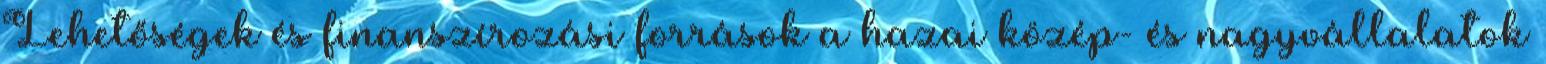
Lehetőségek és finanszírozási források a hazai közép- és nagyvállalatok